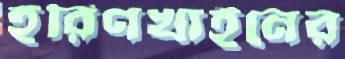
হরিণখাইনের